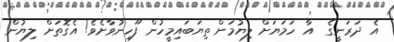
އެ ދަރަނީގެ  އާ ހަމަޔަށް ލިޔުމަށް ތިޔަބައިމީހުން ފޫހިނުވާށެވެ! އެގޮތަށް ލިޔުން